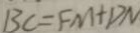
B C = F M + D N